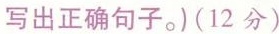
写出正确句子。)(12分)